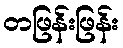
တဖြန်းဖြန်း